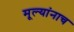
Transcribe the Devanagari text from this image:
मूल्यांनाच